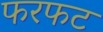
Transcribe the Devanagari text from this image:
फरफट